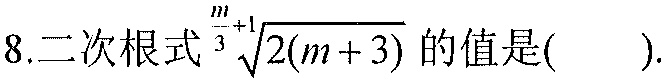
8.二次根式\(\sqrt[\frac{m}{3}+1]{2(m + 3)}\)的值是( ).